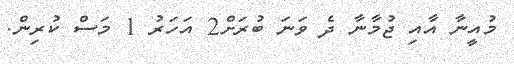
މުއީނާ އާއި ޖުމާނާ ދެ ވަނަ ބުރަށް2 އަހަރު 1 މަސް ކުރިން.